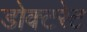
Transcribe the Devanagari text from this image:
डोक्टरेट